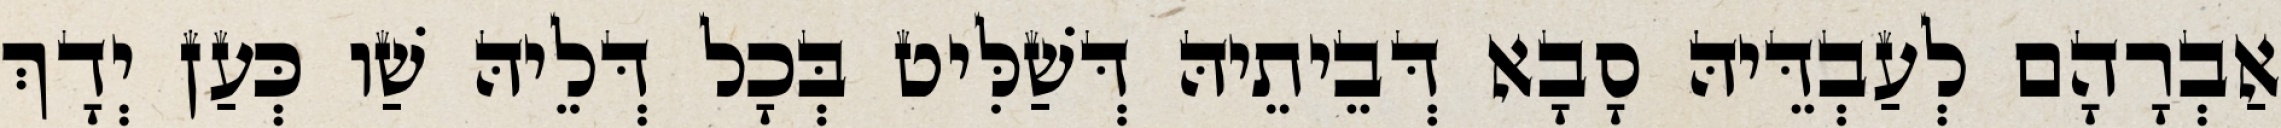
אַבְרָהָם לְעַבְדֵּיהּ סָבָא דְּבֵיתֵיהּ דְּשַׁלִּיט בְּכָל דְּלֵיהּ שַׁו כְּעַן יְדָךְ